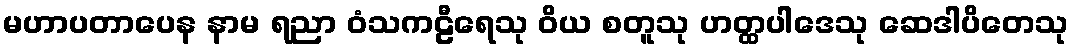
မဟာပတာပေန နာမ ရညာ ဝံသကဠီရေသု ဝိယ စတူသု ဟတ္ထပါဒေသု ဆေဒါပိတေသု